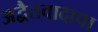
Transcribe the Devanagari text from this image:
अद्वैतवादाचा